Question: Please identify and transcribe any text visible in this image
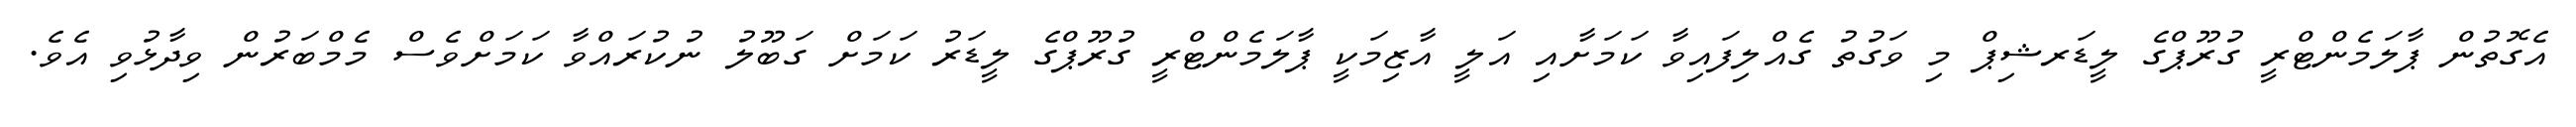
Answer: އެގޮތުން ޕާލަމެންޓްރީ ގުރޫޕްގެ ލީޑަރޝިޕް މި ވަގުތު ގެއްލިފައިވާ ކަމަށާއި އަލީ އާޒިމަކީ ޕާލަމެންޓްރީ ގުރޫޕްގެ ލީޑަރު ކަމަށް ގަބޫލު ނުކުރައްވާ ކަމަށްވެސް މެމްބަރުން ވިދާޅުވި އެވެ.